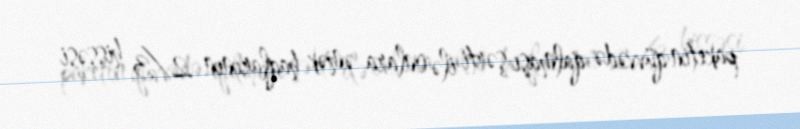
paketin qüvvədə qalması şərti ilə onlara əmək haqlarının 2/3 hissəsi